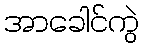
အာခေါင်ကွဲ